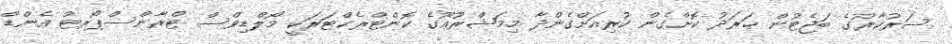
ސަރުކާރުގެ ބަޖެޓުން ޚަރަދު ކޮށްގެން ކުރިއަށްގެންދާ މިމަޝްރޫޢޫގެ ކޮންޓްރެކްޓަރަކީ މޯލްޑިވްސް ޓްރާންސްޕޯރޓް އެންޑް